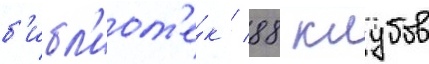
б'ибл'иот'е́к / 88 клубов